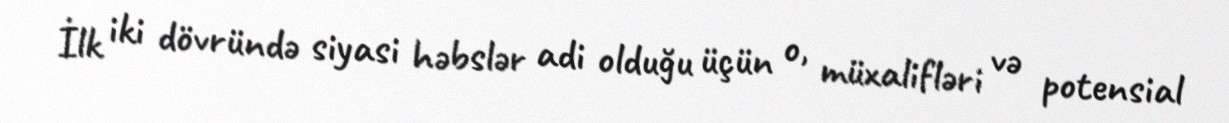
İlk iki dövründə siyasi həbslər adi olduğu üçün o, müxalifləri və potensial